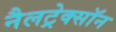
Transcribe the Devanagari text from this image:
नैलट्रेक्सॉन